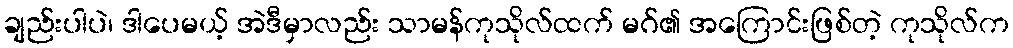
ချည်းပါပဲ၊ ဒါပေမယ့် အဲဒီမှာလည်း သာမန်ကုသိုလ်ထက် မဂ်၏ အကြောင်းဖြစ်တဲ့ ကုသိုလ်က